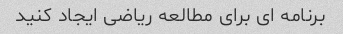
برنامه ای برای مطالعه ریاضی ایجاد کنید